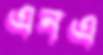
এনএ